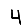
Digit: 4